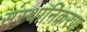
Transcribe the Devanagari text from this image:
संस्थानिकरण